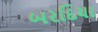
બરદિયા